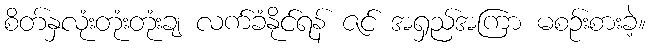
စိတ်နှလုံးတုံးတုံးချ လက်ခံနိုင်ရန် ဇင် အရှည်အကြာ မစဉ်းစားခဲ့။